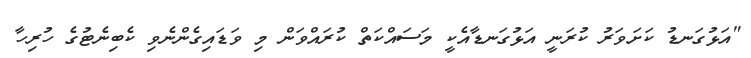
"އަޅުގަނޑު ކަށަވަރު ކުރަނީ އަޅުގަނޑާއެކީ މަސައްކަތް ކުރައްވަން މި ވަޑައިގެންނެވި ކެބިނެޓުގެ ހުރިހާ